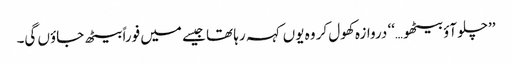
’’چلو آؤ بیٹھو…‘‘ دروازہ کھول کر وہ یوں کہہ رہا تھا جیسے میں فوراً بیٹھ جاؤں گی۔